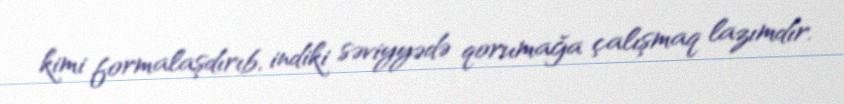
kimi formalaşdırıb, indiki səviyyədə qorumağa çalışmaq lazımdır.